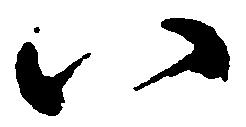
八